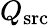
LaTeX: Q_{\mathrm{src}}